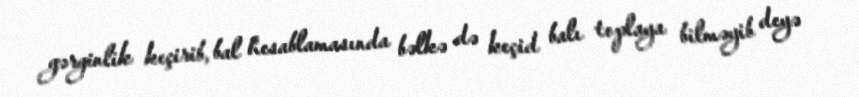
gərginlik keçirib, bal hesablamasında bəlkə də keçid balı toplaya bilməyib deyə